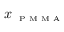
x _ { \textrm { \tiny \textrm { P M M A } } }